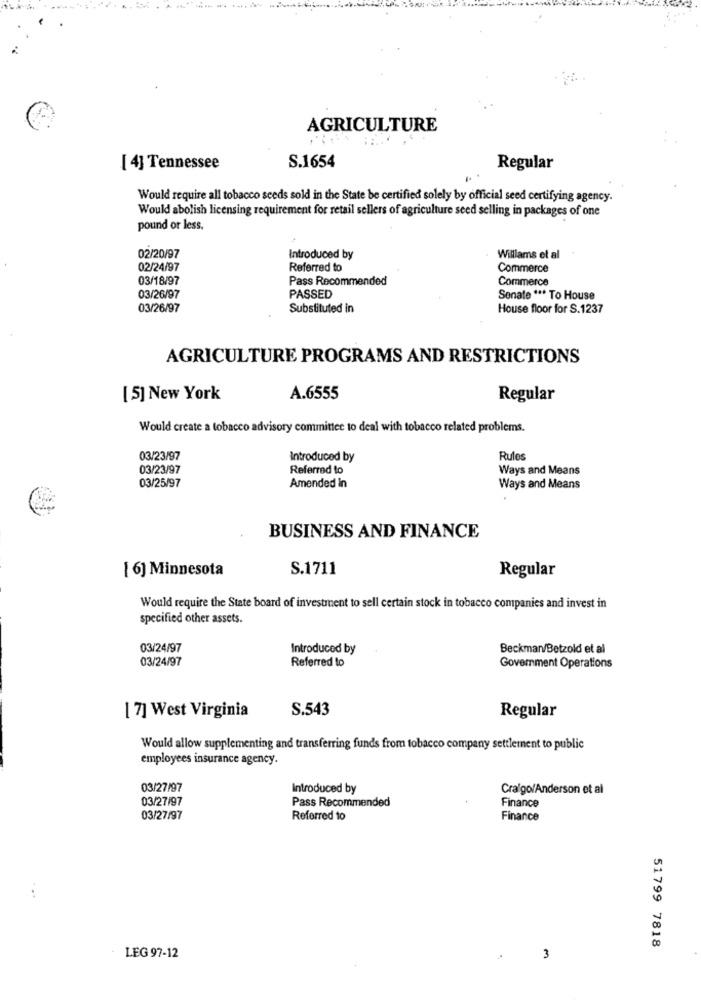
AGRICULTURE
S.1654
[ 4] Tennessee
Regular
Would require all tobacco seeds sold in the State be certified solely by official seed certifying agency.
Would abolish licensing requirement for retail sellers of agriculture seed selling in packages of one
pound or less.
02/20/97
Introduced by
Willlams et al
02/24/97
Referred to
Commerce
03/18/97
Pass Recommended
Commerce
03/26/97
PASSED
Sonate *** To House
03/26/97
Substituted in
House floor for S.1237
AGRICULTURE PROGRAMS AND RESTRICTIONS
[ 5] New York
A.6555
Regular
Would create a tobacco advisory committee to deal with tobacco related problems.
03/23/97
Introduced by
Rules
03/23/97
Referred to
Ways and Means
03/25/97
Amended in
Ways and Means
BUSINESS AND FINANCE
[ 6] Minnesota
S.1711
Regular
Would require the State board of investment to sell certain stock in tobacco companies and invest in
specified other assets.
03/24/97
Introduced by
Beckman/Betzold et al
03/24/97
Referred to
Government Operations
[ 7] West Virginia
S.543
Regular
Would allow supplementing and transferring funds from tobacco company settlement to public
employees insurance agency.
03/27/97
Introduced by
Cralgo/Anderson et al
03/27/97
Pass Recommended
Finance
03/27/97
Referred to
Finance
51799 7818
LEG 97-12
3